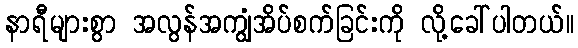
နာရီများစွာ အလွန်အကျွံအိပ်စက်ခြင်းကို လို့ခေါ်ပါတယ်။